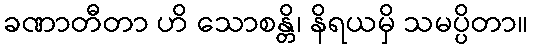
ခဏာတီတာ ဟိ သောစန္တိ၊ နိရယမှိ သမပ္ပိတာ။